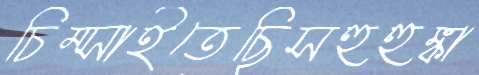
চিম্‌সাইতেছিসহুহুঙ্কা